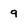
Character: 9